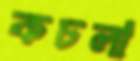
কচলা